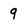
Character: 9